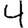
Digit: 4